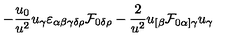
- { \frac { u _ { 0 } } { u ^ { 2 } } } u _ { \gamma } \varepsilon _ { \alpha \beta \gamma \delta \rho } { \cal F } _ { 0 \delta \rho } - { \frac { 2 } { u ^ { 2 } } } u _ { [ \beta } { \cal F } _ { 0 \alpha ] \gamma } u _ { \gamma }